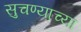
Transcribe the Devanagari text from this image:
सुचण्याच्या